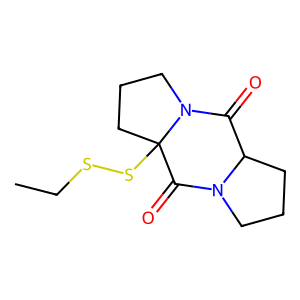
SMILES: CCSSC12CCCN1C(=O)C1CCCN1C2=O
Inhibits HIV replication: No